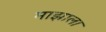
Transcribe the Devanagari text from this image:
माझाला